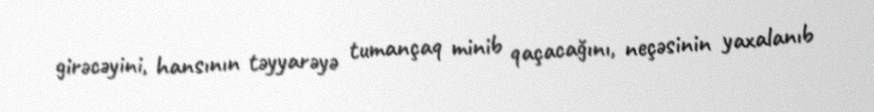
girəcəyini, hansının təyyarəyə tumançaq minib qaçacağını, neçəsinin yaxalanıb